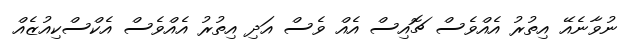
ނުވާނެއޭ އިތުރު އެއްވެސް ޗޮއިސް އެއް ވެސް އަދި އިތުރު އެއްވެސް އެކްސްކިއުޒެއް